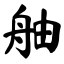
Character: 舳